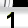
Digit: 1